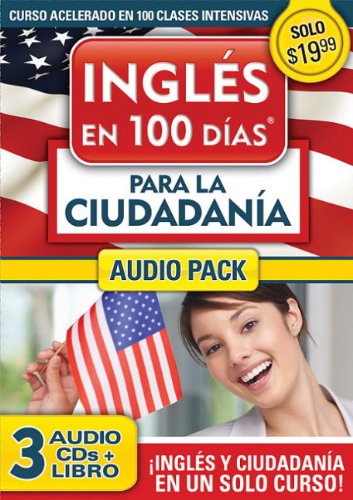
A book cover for InglÃ©s en 100 dÃ­as para la ciudadanÃ­a Audio PK (Ingles en 100 Dias); Aguilar; Test Preparation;